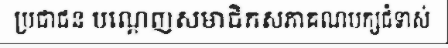
ប្រជាជន បណ្តេញសមាជិកសភាគណបក្សជំទាស់